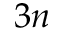
3 n